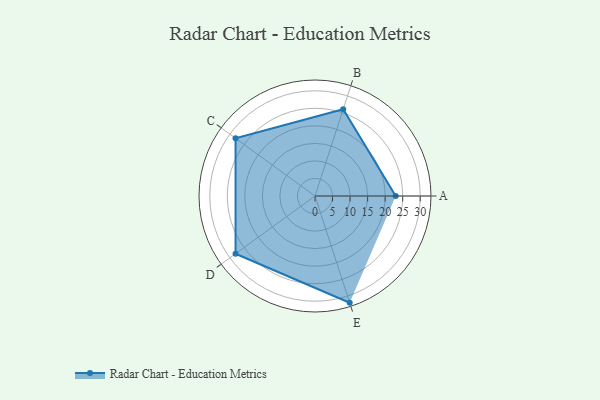
{"axis": {"x": "Skill", "y": "Score"}, "legend": ["Profile"], "data": [{"x": "A", "y": 23.0, "type": "Profile"}, {"x": "B", "y": 26.0, "type": "Profile"}, {"x": "C", "y": 28.0, "type": "Profile"}, {"x": "D", "y": 28.0, "type": "Profile"}, {"x": "E", "y": 32.0, "type": "Profile"}]}